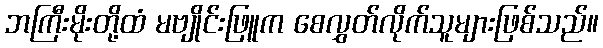
ဘကြီးမိုးတို့ထံ မဗျိုင်းဖြူက စေလွှတ်လိုက်သူများဖြစ်သည်။